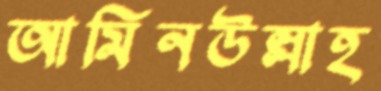
আমিনউল্লাহ